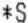
*S